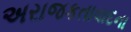
અરાજકતાવાદના